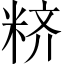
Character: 𱹁